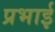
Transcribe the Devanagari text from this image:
प्रभाई